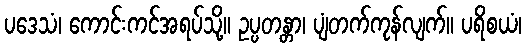
ပဒေသံ၊ ကောင်းကင်အရပ်သို့။ ဥပ္ပတန္တာ၊ ပျံတက်ကုန်လျက်။ ပရိစယံ၊